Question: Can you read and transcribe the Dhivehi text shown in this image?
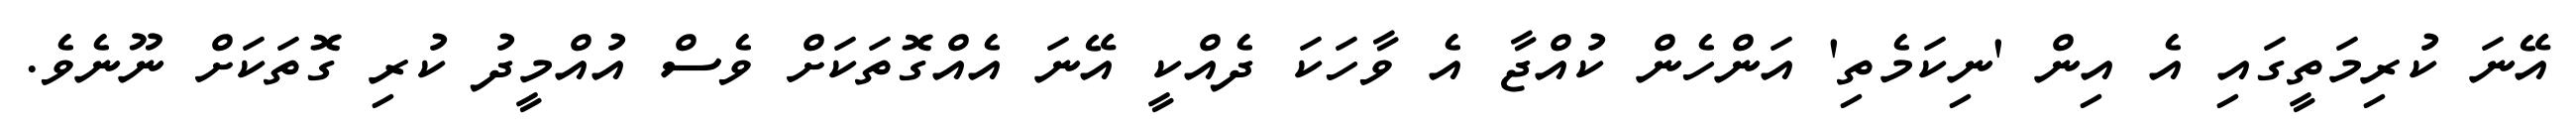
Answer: އޭނަ ކުރިމަތީގައި އެ އިން 'ނިކަމެތި' އަންހެން ކުއްޖާ އެ ވާހަކަ ދެއްކީ އޭނަ އެއްގޮތަކަށް ވެސް އުއްމީދު ކުރި ގޮތަކަށް ނޫނެވެ.